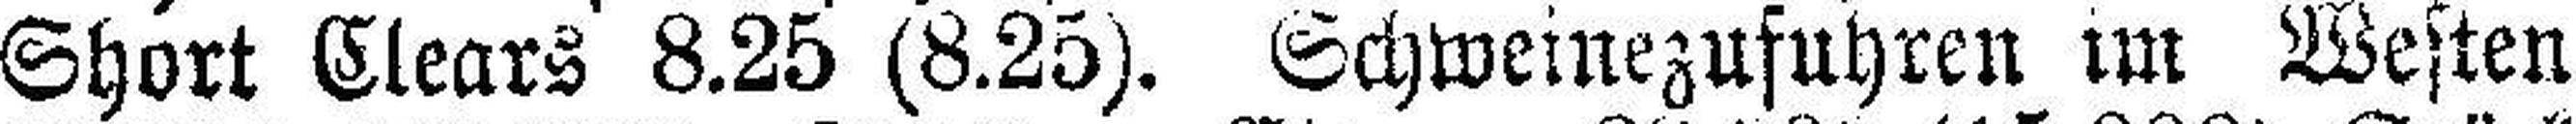
Short Clears 8.25 (8.25). Schweinezufuhren im Westen